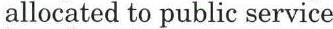
allocated to public service